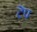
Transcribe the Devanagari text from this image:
टेंप